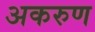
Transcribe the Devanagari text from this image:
अकरुण